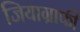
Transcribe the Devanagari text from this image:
जियाग्राफी